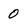
Character: 0